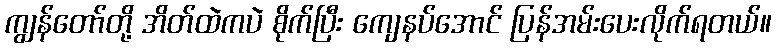
ကျွန်တော်တို့ အိတ်ထဲကပဲ စိုက်ပြီး ကျေနပ်အောင် ပြန်အမ်းပေးလိုက်ရတယ်။